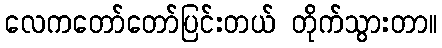
လေကတော်တော်ပြင်းတယ် တိုက်သွားတာ။